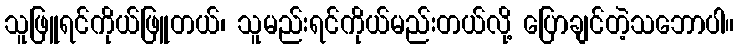
သူဖြူရင်ကိုယ်ဖြူတယ်၊ သူမည်းရင်ကိုယ်မည်းတယ်လို့ ပြောချင်တဲ့သဘောပါ။